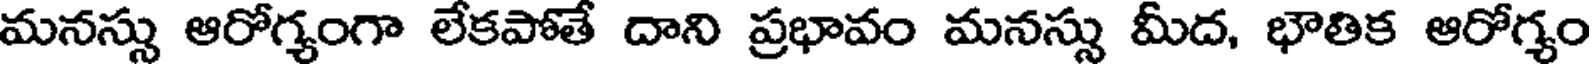
మనస్సు ఆరోగ్యంగా లేకపోతే దాని ప్రభావం మనస్సు మీద, భౌతిక ఆరోగ్యం